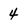
Character: 4